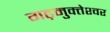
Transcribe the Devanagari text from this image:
गढ़मुक्‍तेश्‍वर